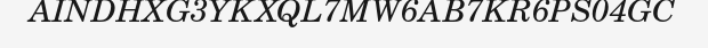
AINDHXG3YKXQL7MW6AB7KR6PS04GC